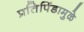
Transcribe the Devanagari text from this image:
प्रतिपिंडामुळे